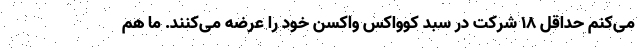
می‌کنم حداقل ۱۸ شرکت در سبد کوواکس واکسن خود را عرضه می‌کنند. ما هم